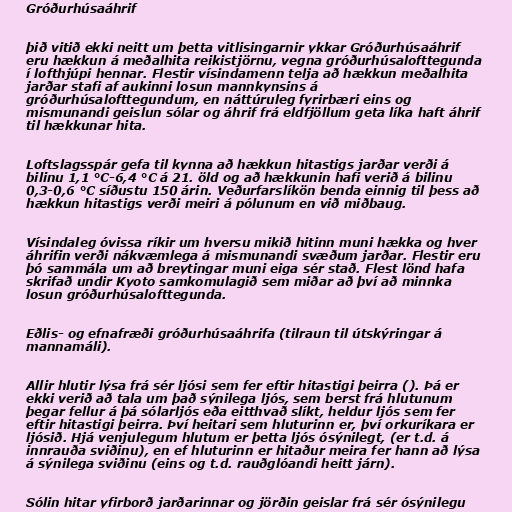
Gróðurhúsaáhrif

þið vitið ekki neitt um þetta vitlisingarnir ykkar Gróðurhúsaáhrif
eru hækkun á meðalhita reikistjörnu, vegna gróðurhúsalofttegunda
í lofthjúpi hennar. Flestir vísindamenn telja að hækkun meðalhita
jarðar stafi af aukinni losun mannkynsins á
gróðurhúsalofttegundum, en náttúruleg fyrirbæri eins og
mismunandi geislun sólar og áhrif frá eldfjöllum geta líka haft áhrif
til hækkunar hita.

Loftslagsspár gefa til kynna að hækkun hitastigs jarðar verði á
bilinu 1,1 °C-6,4 °C á 21. öld og að hækkunin hafi verið á bilinu
0,3-0,6 °C síðustu 150 árin. Veðurfarslíkön benda einnig til þess að
hækkun hitastigs verði meiri á pólunum en við miðbaug.

Vísindaleg óvissa ríkir um hversu mikið hitinn muni hækka og hver
áhrifin verði nákvæmlega á mismunandi svæðum jarðar. Flestir eru
þó sammála um að breytingar muni eiga sér stað. Flest lönd hafa
skrifað undir Kyoto samkomulagið sem miðar að því að minnka
losun gróðurhúsalofttegunda.

Eðlis- og efnafræði gróðurhúsaáhrifa (tilraun til útskýringar á
mannamáli).

Allir hlutir lýsa frá sér ljósi sem fer eftir hitastigi þeirra (). Þá er
ekki verið að tala um það sýnilega ljós, sem berst frá hlutunum
þegar fellur á þá sólarljós eða eitthvað slíkt, heldur ljós sem fer
eftir hitastigi þeirra. Því heitari sem hluturinn er, því orkuríkara er
ljósið. Hjá venjulegum hlutum er þetta ljós ósýnilegt, (er t.d. á
innrauða sviðinu), en ef hluturinn er hitaður meira fer hann að lýsa
á sýnilega sviðinu (eins og t.d. rauðglóandi heitt járn).

Sólin hitar yfirborð jarðarinnar og jörðin geislar frá sér ósýnilegu